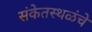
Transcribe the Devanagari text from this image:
संकेतस्थळंचे